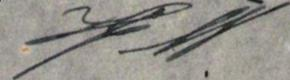
Hj W.